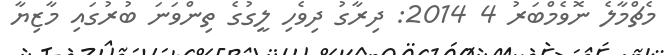
މެޗްމާލެ ނޮވެމްބަރު 4 2014: ދިރާގު ދިވެހި ލީގުގެ ތިންވަނަ ބުރުގައި މާޒިޔާ